Medical and sanitary report of the native army of Madras for the year
Year: 1877
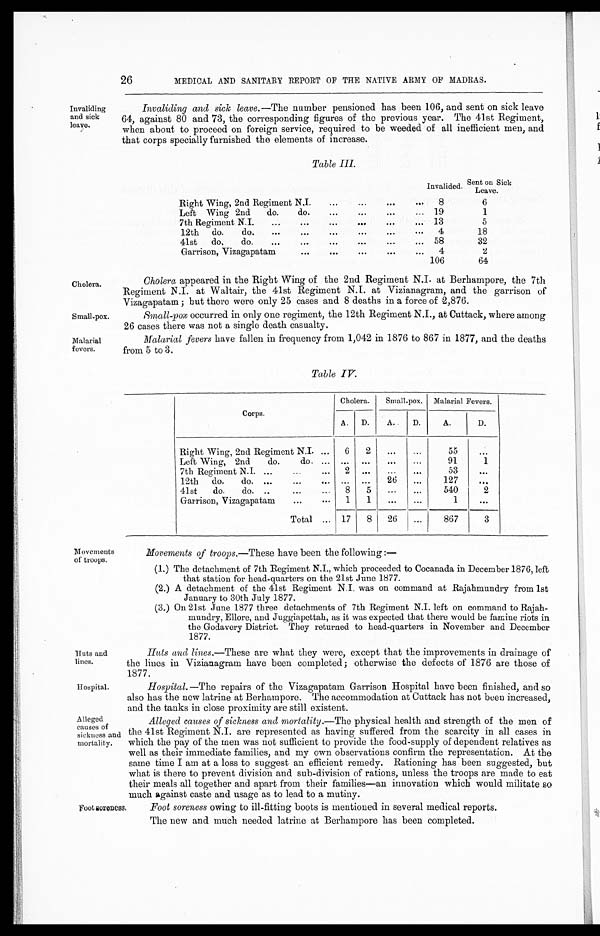
Small-pox.
Malarial
fevers.
Huts and
lines.
Hospital.
Alleged
causes of
sickness and
mortality.
26
MEDICAL AND SANITARY REPORT OF THE NATIVE ARMY OF MADRAS.
Invaliding
and sick
leave.
Cholera.
Invaliding and sick leave. —The number pensioned has been 106, and sent on sick leave
64, against 80 and 73, the corresponding figures of the previous year. The 41st Regiment,
when about to proceed on foreign service, required to be weeded of all inefficient men, and
that corps specially furnished the elements of increase.
Table III.
Invalided. Sent on Sick Leave.
R i g h t W i n g , 2 n d R e g i m e n t N . I .
8
6
Left Wing 2nd do. do.
1 9
1
7th Regiment N.I.
1 3
5
12th do. do.
4
1 8
41st do. do.
5 8
3 2
Garrison, Vizagapatam
4
2
1 0 6
6 4
Cholera appeared in the Right Wing of the 2nd Regiment N.I. at Berhampore, the 7th
Regiment N.I. at Waltair, the 41st Regiment N.I. at Vizianagram, and the garrison of
Vizagapatam; but there were only 25 cases and 8 deaths in a force of 2,876.
Small-pox occurred in only one regiment, the 12th Regiment N.I., at Cuttack, where among
26 cases there was not a single death casualty.
Malarial fevers have fallen in frequency from 1,042 in 1876 to 867 in 1877, and the deaths
from 5 to 3.
Table IV.
Corps.
Cholera.
Small-pox. Malarial Fevers.
A. D.
A.
D.
A.
D.
Right Wing, 2nd Regiment N.I.
6
2 ...
...
5 5
...
Left Wing, 2nd do. do.
... ... ...
...
9 1
1
7th Regiment N.I.
2 ... ...
...
5 3
...
12t h do. do.
... ...
2 6 ...
1 2 7
...
41st do. do.
8
5 ...
...
5 4 0
2
Garrison, Vizagapatam
1
1 ...
...
1
...
T o t a l
1 7
8
2 6 ...
8 6 7
3
Movements
of troops.
Movements of troops. —These have been the following:
—
(1.) The detachment of 7th Regiment N.I., which proceeded to Cocanada in December 1876, left
that station for head-quarters on the 21st June 1877.
(2.) A detachment of the 41st Regiment N.I. was on command at Rajahmundry from 1st
January to 30th July 1877.
(3.) On 21st June 1877 three detachments of 7th Regiment N.I. left on command to Rajah
-mundry, Ellore, and Juggiapettah, as it was expected that there would be famine riots in
the Godavery District. They returned to head-quarters in November and December
1877.
Huts and lines.—These are what they were, except that the improvements in drainage of
the lines in Vizianagram have been completed; otherwise the defects of 1876 are those of
1877.
Hospital. —The repairs of the Vizagapatam Garrison Hospital have been finished, and so
also has the new latrine at Berhampore. The accommodation at Cuttack has not been increased,
and the tanks in close proximity are still existent.
Alleged causes of sickness and mortality. —The physical health and strength of the men of
the 41st Regiment N.I. are represented as having suffered from the scarcity in all cases in
which the pay of the men was not sufficient to provide the food-supply of dependent relatives as
well as their immediate families, and my own observations confirm the representation. At the
same time I am at a loss to suggest an efficient remedy. Rationing has been suggested, but
what is there to prevent division and sub-division of rations, unless the troops are made to eat
their meals all together and apart from their families—an innovation which would militate so
much against caste and usage as to lead to a mutiny.
Foot soreness.
Foot soreness owing to ill-fitting boots is mentioned in several medical reports.
The new and much needed latrine at Berhampore has been completed.